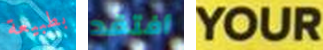
بطبيعة أفتقد YOUR